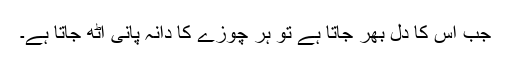
جب اس کا دل بھر جاتا ہے تو ہر چوزے کا دانہ پانی اُٹھ جاتا ہے۔